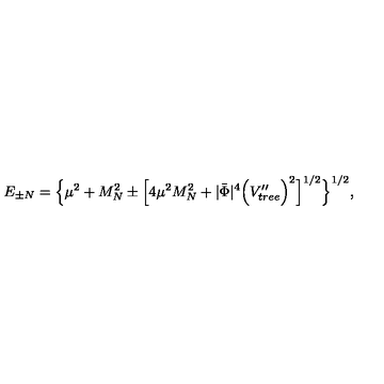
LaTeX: E _ { \pm N } = \Big \lbrace \mu ^ { 2 } + M _ { N } ^ { 2 } \pm \Big \lbrack 4 \mu ^ { 2 } M _ { N } ^ { 2 } + | \bar { \Phi } | ^ { 4 } \Big ( V _ { t r e e } ^ { \prime \prime } \Big ) ^ { 2 } \Big \rbrack ^ { 1 / 2 } \Big \rbrace ^ { 1 / 2 } ,